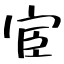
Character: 宦